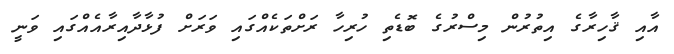
އާއި ޤާހިރާގެ އިތުރުން މިސްރުގެ ބޮޑެތި ހުރިހާ ރަށްތަކެއްގައި ވަރަށް ފުޅާދާއިރާއެއްގައި ވަނީ